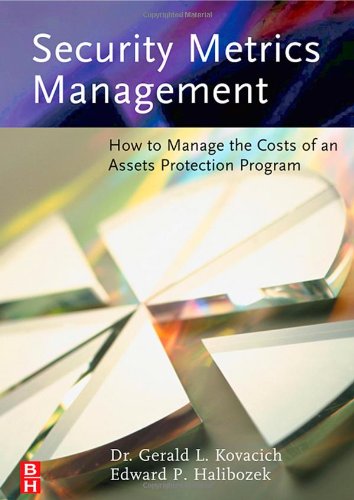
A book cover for Security Metrics Management: How to Manage the Costs of an Assets Protection Program; Gerald L. Kovacich CFE  CPP  CISSP; Business & Money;